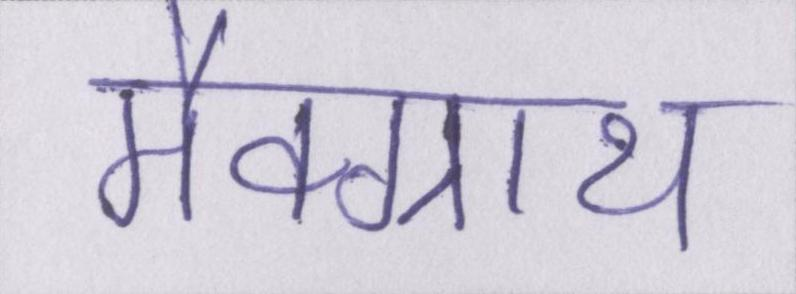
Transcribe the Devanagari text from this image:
मैक्ग्राथ